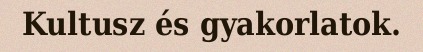
Kultusz és gyakorlatok.